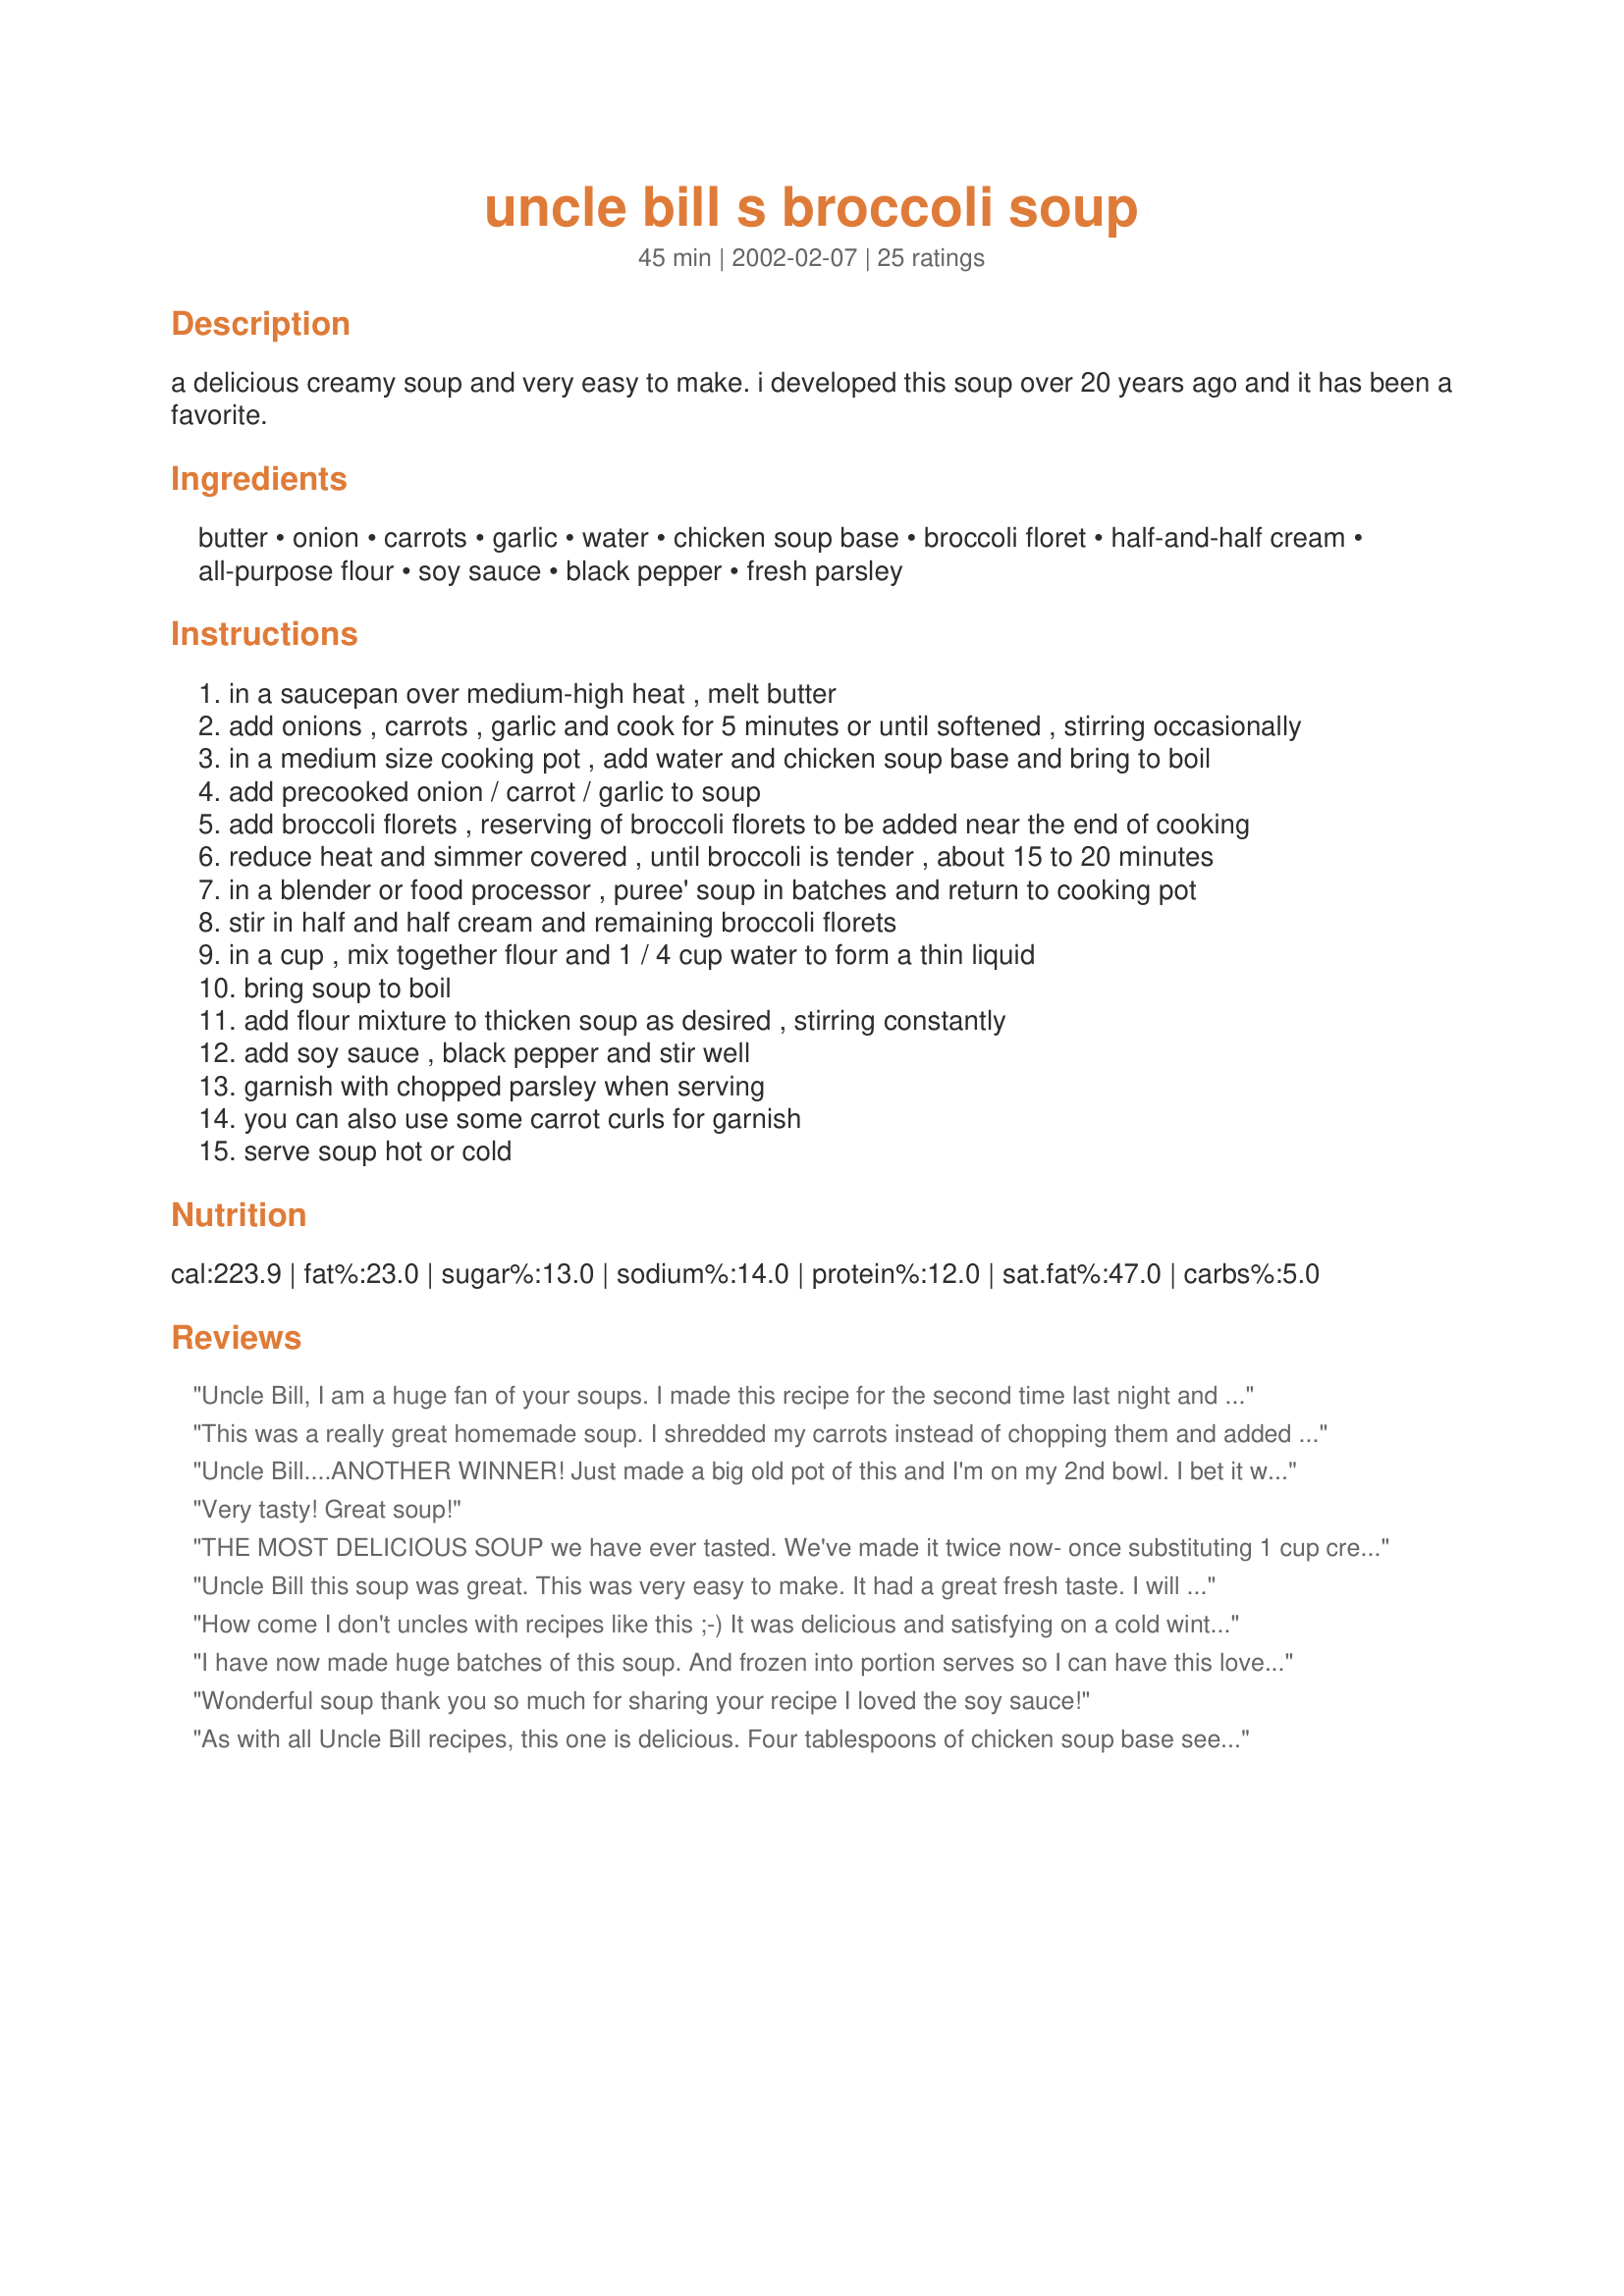
uncle bill s broccoli soup
Preparation time: 45 minutes

a delicious creamy soup and very easy to make. i developed this soup over 20 years ago and it has been a favorite.

Ingredients:
butter, onion, carrots, garlic, water, chicken soup base, broccoli floret, half-and-half cream, all-purpose flour, soy sauce, black pepper, fresh parsley

Steps:
in a saucepan over medium-high heat , melt butter
add onions , carrots , garlic and cook for 5 minutes or until softened , stirring occasionally
in a medium size cooking pot , add water and chicken soup base and bring to boil
add precooked onion / carrot / garlic to soup
add broccoli florets , reserving of broccoli florets to be added near the end of cooking
reduce heat and simmer covered , until broccoli is tender , about 15 to 20 minutes
in a blender or food processor , puree' soup in batches and return to cooking pot
stir in half and half cream and remaining broccoli florets
in a cup , mix together flour and 1 / 4 cup water to form a thin liquid
bring soup to boil
add flour mixture to thicken soup as desired , stirring constantly
add soy sauce , black pepper and stir well
garnish with chopped parsley when serving
you can also use some carrot curls for garnish
serve soup hot or cold

Reviews:
Uncle Bill, I am a huge fan of your soups. I made this recipe for the second time last night and it was just as great as the first. I love this soup. It is very easy to make and tastes better than restaurant soups. The only change I made was I used a 32 oz package of broccoli florets, instead of 16 oz. I also used ground white pepper. Thank you very much for sharing.
This was a really great homemade soup. I shredded my carrots instead of chopping them and added a bit more pepper - truly delicious!!
Uncle Bill....ANOTHER WINNER!
Just made a big old pot of this and I'm on my 2nd bowl. I bet it will be better tomorrow too.

THANK YOU for another great addition to my file.
Very tasty! Great soup!
THE MOST DELICIOUS SOUP we have ever tasted. We've made it twice now- once substituting 1 cup cream and 1 cup milk for the half and half, and the second time using evaporated milk in an atempt to be more healthy (I don't know what half and half is- I don't think we have it in Australia). I say forget being healthy and go for the cream. It was still fantastic either way, though.
Uncle Bill this soup was great. This was very easy to make. It had a great fresh taste. I will be making this again. Thank you for a great soup recipe.
How come I don't uncles with recipes like this ;-) It was delicious and satisfying on a cold winter night. Yum! The only small change I might try next time is to reduce the carrots to 2 or 3 since the color was a little bit too "orangey", but that could have been due to my definition of "large" :-) Thank you.
I have now made huge batches of this soup. And frozen into portion serves so I can have this lovely soup whenever the urge takes me.Yummmm!
Bella
Wonderful soup thank you so much for sharing your recipe I loved the soy sauce!
As with all Uncle Bill recipes, this one is delicious. Four tablespoons of chicken soup base seemed like it might make very salty soup, but I have learned to trust Bill's culinary instincts. So glad I didn't improvise--the flavor was perfect if you follow Bill's exact directions. MichelleAnne's suggestion about using a stick blender was very helpful too. So easy, so quick, so good.
Rich and delicious soup! Perfect alone or with a sandwich on a cold day. I cleaned out my crisper with this one, using about a cup and a half more broccoli florets and chopped baby carrots. Mine did not require thickening, I would assume because of the extra veg. Using a hand blender in the cooking pot made this even easier. Would also be wonderful with a low fat sub for the half and half since the soup is quite substantial with a lovely blend of flavors. Thanks, Uncle Bill, I'll make this one again!
WOW! That&#039;s all I have to say!
I am on a low-fat diet, and had remove some of the "good stuff", but even by substituting low-fat broth and skim milk, I found it to be very enjoyable...Thanks for submitting this, and will definitely make this soup again... SharonP.
What a great recipe! I love the carrot base, yet with no 'carrot' flavor. I added 1/2 tsp. garam masala per another recipe's recommendation. I also used home made, unsalted, chicken stock so, I had to add about a 1/2 tsp. salt to the finished product. My family LOVED this and I will definetly be making it again!
Myself and my husband enjoyed this soup on a chilly Sunday evening. I quite honestly threw this soup together while he was at the store. Absolutely delicious! Easy and quick if you decide not to puree the cooked vegetables in the beginning. I happen to like the "parts", and it was quite tasty in spite of the lack of puree. Thanks for a lovely recipe, and a quick way to get rid of a bit of broccoli and half an onion. I did by the way cut the recipe in half....we are only two...Way to go!
This is the most delicious broccoli soup I have ever tried in my life. This is definitely a keeper.
If my kids ask for seconds, I give a recipe 5 stars. They asked for seconds! Great use of veggies! I especially liked that it didn&#039;t have Velveeta cheese in it (unlike so many other broccoli soup recipes), just standard veggies and pantry items and easy to make. Oh, I didn&#039;t use soup base, just homemade chicken stock. I added salt to taste after the soy sauce. I used raw (whole) milk instead of half-and-half and I doubled the onions because I had a lot on hand.
Thank you for a broccoli soup without cheese, cheese is great, but it is refreshing to have a recipe listed that is different and good.
Uncle Bill always come through! I had alot of broccoli that needed to be cooked...soup was another way to sneak veggies into the kids! I added a small diced potato to help thicken the soup (omitted the flour and water), used some ready made broth and used my stick bender to puree the soup. Do not omit the soy sauce and black pepper, the take the flavours to another level!!
Thanks, Michelle
I liked this soup but I felt that it was over seasoned and a bit heavy. The beauty of making soup from scratch is that you don't have to use that much sodium. The soup base was way overpowering as was the soy sauce, and I didnt like the sweetness the carrots added. You could barely taste the subtle flavor combination of garlic, onion, and broccoli that are so signature in cream of broccoli soup. This recipe is great if you love flavor packed foods, but I cook to avoid foods like this, so I was pretty disappointed overall. A tasty soup for those who can't taste. Don't make this soup unless you want cream of broccoli with a flare.
Great soup! I made this exactly as the recipe states, except that I added most of the liquid after I pureed the vegetable mixture to make it easier to transfer from the pot to the blender and back. It worked very well and the results were delicious! Thanks so much for sharing this recipe!
Yum! A super tasting soup.
Strayed from the recipe in only one way....I didn't add the extra 1/4 c. water and the flour. Instead added another 1/4 c. of half 'n half then thickened it with potato buds. It's a real winner in any case. Thanks Uncle Bill.
gotta hand it to him, this is great-tasting soup and very easy to make. i halfed the recipe which was a bad idea because when it ran out, i still wanted more. will be making this again soon.
Very tasty!

The cabbagey taste of the broccoli intensified a lot after refrigeration, so I added extra half and half, extra soy sauce, and some ground mustard.
As a family broccoli is probably our favorite green vegetable so I was excited to make this. I have never made cream of broccoli soup, only broccoli cheddar soup so I was hesitant would we like just Broccoli. I made only minor changes like less vegetable soup base do to salt and I used whole milk. To start off it is the most beautiful color green, and then when I took the first bite it was bliss, so velvety smooth I can only describe it as Sensational. I will make this again and again maybe try a different way of thickening it up, for friends that canâ€™t have flour. Thanks for another great health soup.
